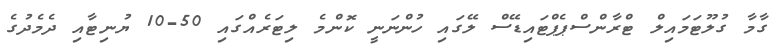
ގާމާ ގުލޫޓަމައިލް ޓްރާންސްޕެޕްޓައިޑޭސް ލޭގައި ހުންނަނީ ކޮންމެ ލިޓަރެއްގައި 50-10 ޔުނިޓާއި ދެމެދުގެ